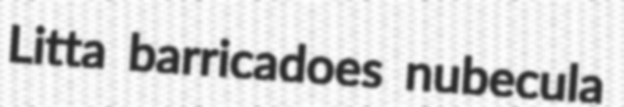
Litta barricadoes nubecula